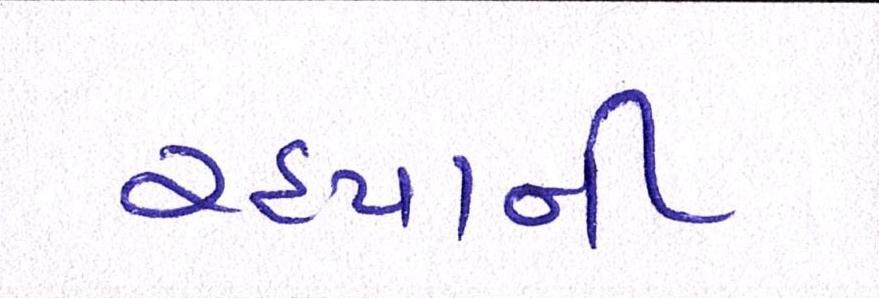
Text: રહ્યાની